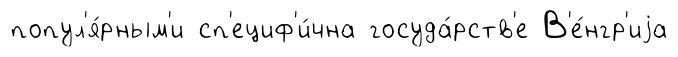
попул'я́рным'и сп'ециф'и́чна госуда́рств'е В'е́нгр'иjа